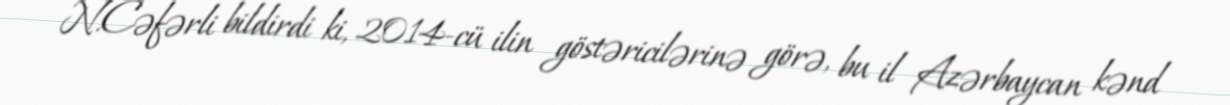
N.Cəfərli bildirdi ki, 2014-cü ilin göstəricilərinə görə, bu il Azərbaycan kənd